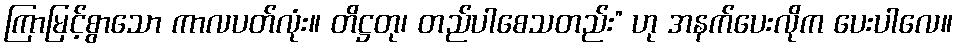
ကြာမြင့်စွာသော ကာလပတ်လုံး။ တိဋ္ဌတု၊ တည်ပါစေသတည်း” ဟု အနက်ပေးလိုက ပေးပါလေ။